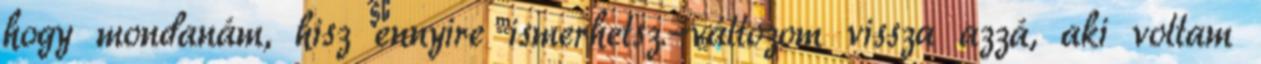
hogy mondanám, hisz ennyire ismerhetsz.-változom vissza azzá, aki voltam